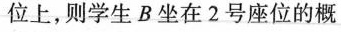
位上，则学生B坐在2号座位的概